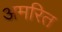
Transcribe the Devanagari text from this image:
अमरित